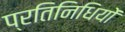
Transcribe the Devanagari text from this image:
प्रतिनिधियों